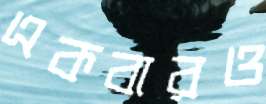
একবারও